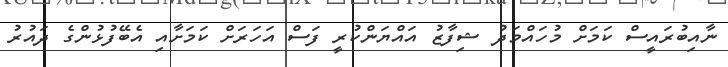
ނާއިބުރައީސް ކަމަށް މުހައްމަދު ޝިފާޒު އައްޔަންކުރީ ފަސް އަހަރަށް ކަމަށާއި އެބޭފުޅުންގެ ދައުރު